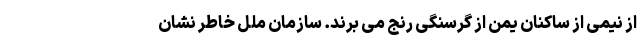
از نیمی از ساکنان یمن از گرسنگی رنج می برند. سازمان ملل خاطر نشان